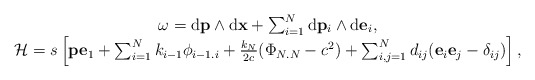
\begin{align*}\begin{array}{c}\omega={\rm d}{\bf p}\wedge {\rm d}{\bf x}+\sum_{i=1}^N {\rm d}{\bf p}_i\wedge {\rm d}{\bf e}_i,\\{\cal H}={ s}\left[{\bf p}{\bf e}_1+\sum_{i=1}^{N}{ k}_{i-1}{\phi}_{i-1.i}+\frac{{ k}_{N}}{2c}({\Phi}_{N.N}-c^2)+ \sum_{i,j=1}^Nd_{ij}({\bf e}_i{\bf e}_j-\delta_{ij})\right],\end{array}\end{align*}